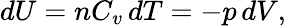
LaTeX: dU=nC_{v}\, dT=-p\, dV,